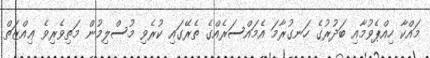
މައްކާ ހިއްޕެވުމާއި ބަދުރުގެ ހަނގުރާމަ އެމައްސަރެއްގެ ތެރޭގައި ކުރެވި މުސްލިމުން މަތިވެރިވެ ޢިއްޒަތް